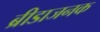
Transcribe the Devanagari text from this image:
ब्रीडाजनक